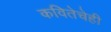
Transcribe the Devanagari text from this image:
कवितेचेही